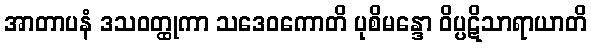
အာတာပနံ ဒသဝတ္ထုကာ သဒေဝကောတိ ပုစိမန္ဒော ဝိပ္ပဋိသာရာယာတိ